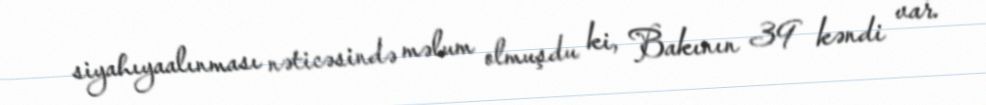
siyahıyaalınması nəticəsində məlum olmuşdu ki, Bakının 39 kəndi var.